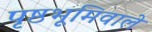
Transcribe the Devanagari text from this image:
पृष्ठभूमिवाले